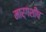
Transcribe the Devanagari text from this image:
मार्गशीष